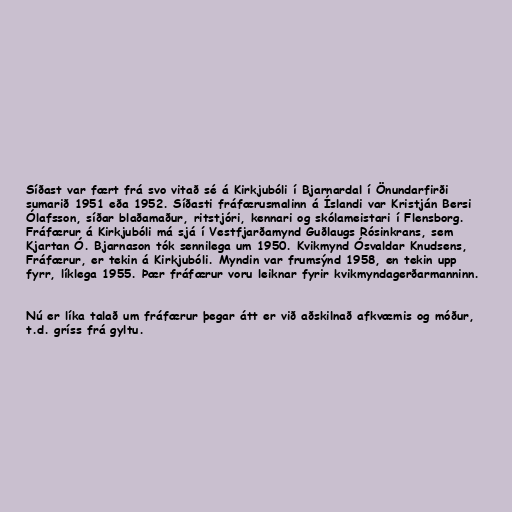
Síðast var fært frá svo vitað sé á Kirkjubóli í Bjarnardal í Önundarfirði
sumarið 1951 eða 1952. Síðasti fráfærusmalinn á Íslandi var Kristján Bersi
Ólafsson, síðar blaðamaður, ritstjóri, kennari og skólameistari í Flensborg.
Fráfærur á Kirkjubóli má sjá í Vestfjarðamynd Guðlaugs Rósinkrans, sem
Kjartan Ó. Bjarnason tók sennilega um 1950. Kvikmynd Ósvaldar Knudsens,
Fráfærur, er tekin á Kirkjubóli. Myndin var frumsýnd 1958, en tekin upp
fyrr, líklega 1955. Þær fráfærur voru leiknar fyrir kvikmyndagerðarmanninn.

Nú er líka talað um fráfærur þegar átt er við aðskilnað afkvæmis og móður,
t.d. gríss frá gyltu.